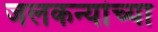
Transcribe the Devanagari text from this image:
जलकन्यांच्या